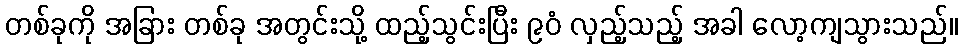
တစ်ခုကို အခြား တစ်ခု အတွင်းသို့ ထည့်သွင်းပြီး ၉၀ံ လှည့်သည့် အခါ လော့ကျသွားသည်။